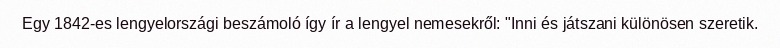
Egy 1842-es lengyelországi beszámoló így ír a lengyel nemesekről: "Inni és játszani különösen szeretik.